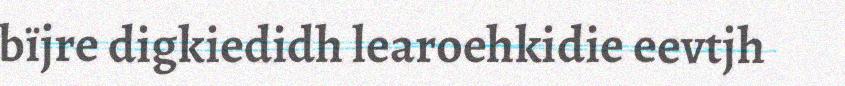
bïjre digkiedidh learoehkidie eevtjh